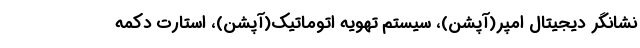
نشانگر دیجیتال امپر(آپشن)، سیستم تهویه اتوماتیک(آپشن)، استارت دکمه